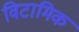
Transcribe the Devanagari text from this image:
विटामिक